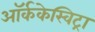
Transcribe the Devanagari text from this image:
ऑर्ककेस्विट्रा